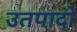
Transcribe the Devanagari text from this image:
उतपादो